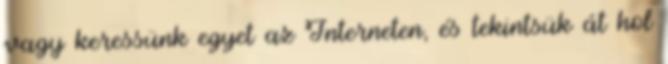
vagy keressünk egyet az Interneten, és tekintsük át hol